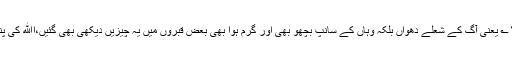
۱۴؎ یعنی آگ کے شعلے دھواں بلکہ وہاں کے سانپ بچھو بھی اور گرم ہوا بھی بعض قبروں میں یہ چیزیں دیکھی بھی گئیں،اﷲ کی پناہ۔